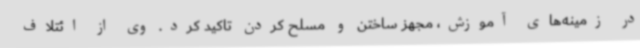
در زمینه‌های آموزش، مجهز ساختن و مسلح کردن تاکید کرد. وی از ائتلاف